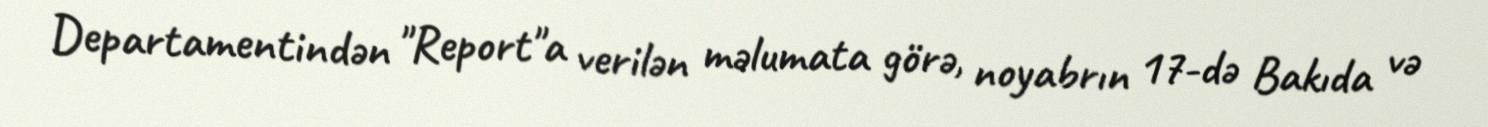
Departamentindən "Report"a verilən məlumata görə, noyabrın 17-də Bakıda və